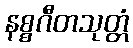
နစ္စဂီတသုတ္တံ